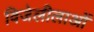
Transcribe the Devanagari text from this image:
विजेलीलाओं